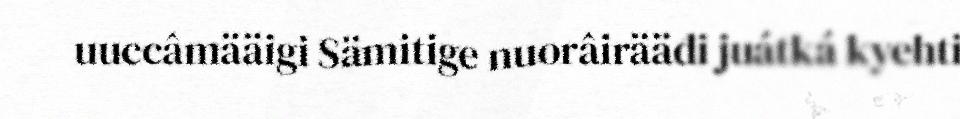
uuccâmääigi Sämitige nuorâirääđi juátká kyehti